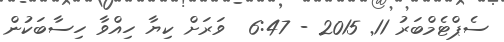
ސެޕްޓެމްބަރު 11